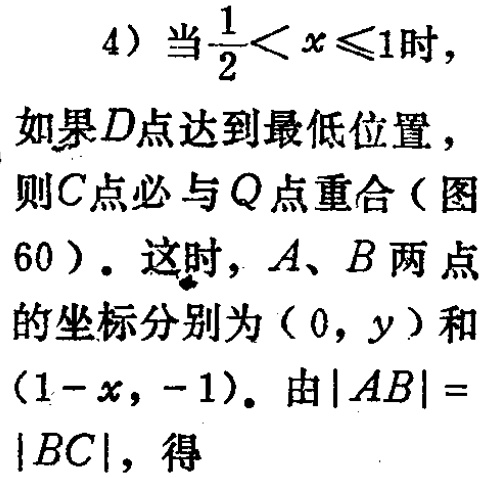
4）当$\frac{1}{2}< x\leqslant1$时，如果$D$点达到最低位置，则$C$点必与$Q$点重合（图60）. 这时，$A$、$B$两点的坐标分别为$(0,y)$和$(1 - x,-1)$. 由$|AB| = |BC|$，得